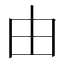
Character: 由